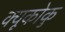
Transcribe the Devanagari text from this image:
क्यूकोकु